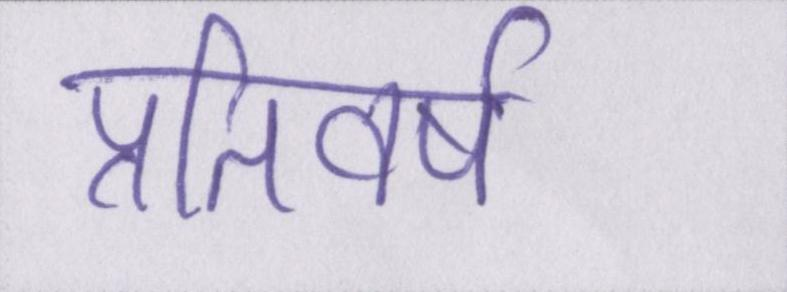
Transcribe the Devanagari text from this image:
प्रतिवर्ष